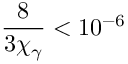
\frac { 8 } { 3 \chi _ { \gamma } } < 1 0 ^ { - 6 }